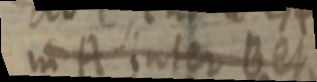
in A inter B et